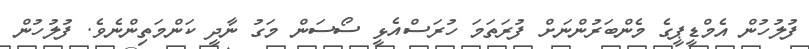
ފުލުހުން އެމްޑީޕީގެ މެންބަރުންނަށް ފުރަތަމަ ހުރަސްއެޅީ ސޯސަން މަގު ނާދީ ކަންމަތިންނެވެ. ފުލުހުން